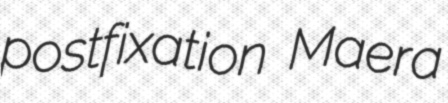
postfixation Maera